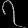
Digit: ၇